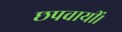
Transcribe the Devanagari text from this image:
छपवायीं।